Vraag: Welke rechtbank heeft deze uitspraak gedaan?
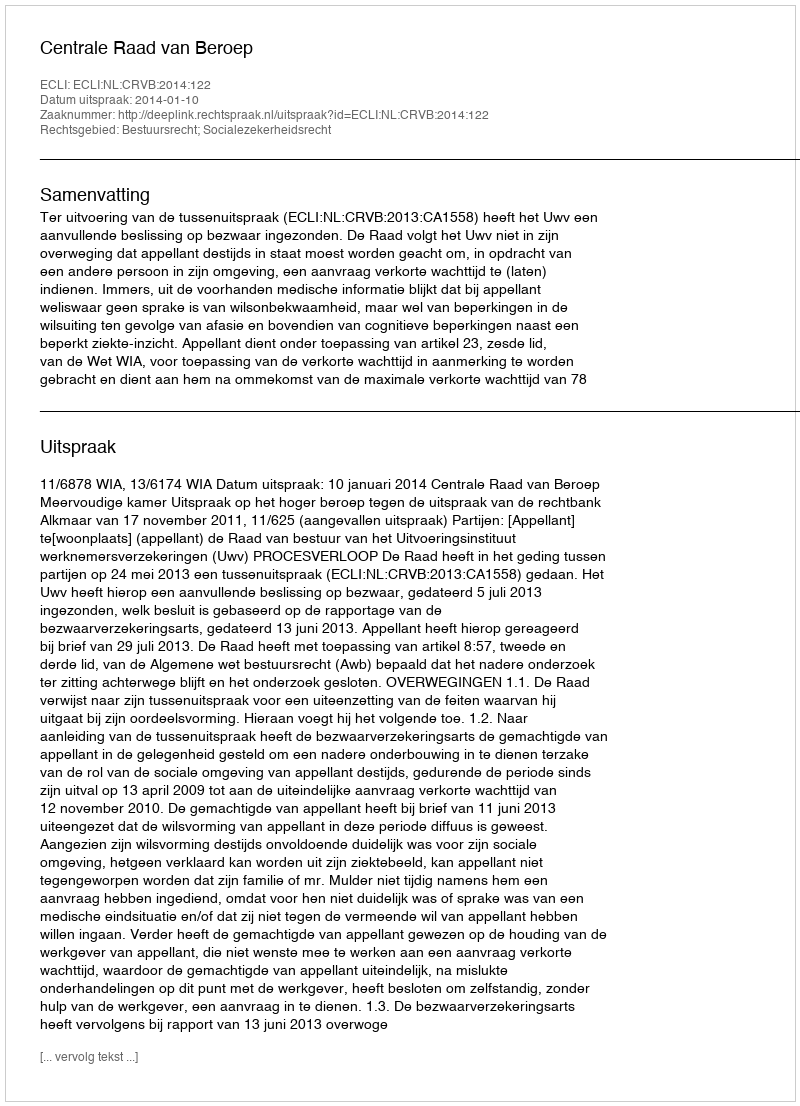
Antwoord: Centrale Raad van Beroep